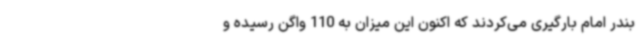
بندر امام بارگیری می‌کردند که اکنون این میزان به 110 واگن رسیده و